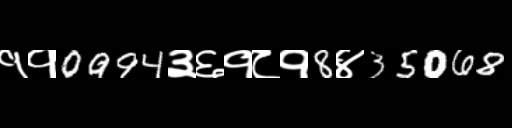
Text: ११0994३६१८१8४35068